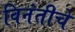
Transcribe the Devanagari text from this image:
विनंतीचे